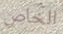
الخاص